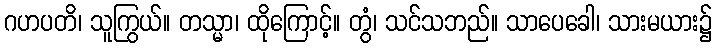
ဂဟပတိ၊ သူကြွယ်။ တသ္မာ၊ ထိုကြောင့်။ တွံ၊ သင်သဘည်။ သာပေခေါ၊ သားမယား၌